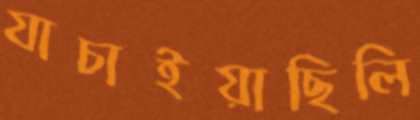
যাচাইয়াছিলি